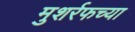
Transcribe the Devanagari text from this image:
मुशर्रफच्या